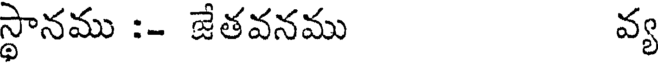
స్థానము :- జేతవనము వ్య